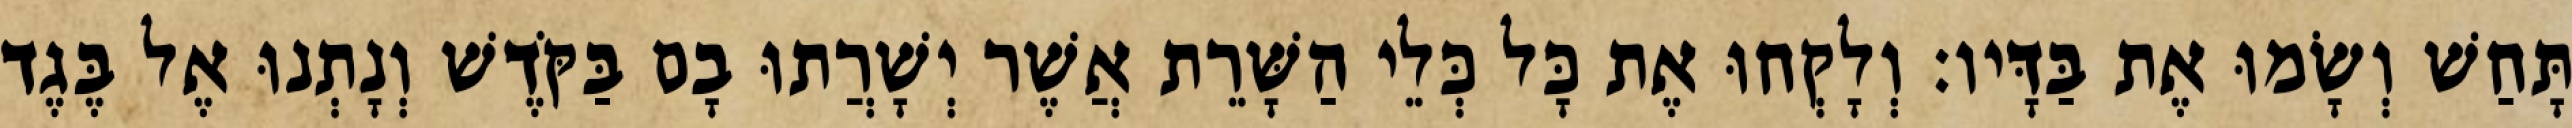
תָּחַשׁ וְשָׂמוּ אֶת בַּדָּיו׃ וְלָקְחוּ אֶת כָּל כְּלֵי הַשָּׁרֵת אֲשֶׁר יְשָׁרֲתוּ בָם בַּקֹּדֶשׁ וְנָתְנוּ אֶל בֶּגֶד